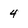
Character: 4